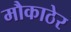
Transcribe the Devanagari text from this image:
मौकाठेर